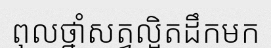
ពុលថ្នាំសត្វល្អិតដឹកមក